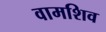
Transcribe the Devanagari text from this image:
वामशिव